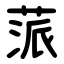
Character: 蒎